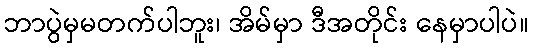
ဘာပွဲမှမတက်ပါဘူး၊ အိမ်မှာ ဒီအတိုင်း နေမှာပါပဲ။